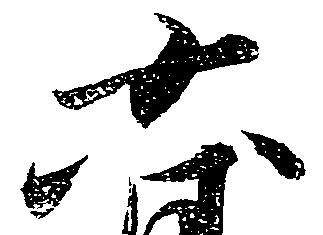
六